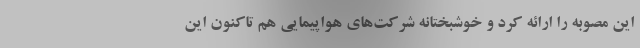
این مصوبه را ارائه کرد و خوشبختانه شرکت‌های هواپیمایی هم تاکنون این